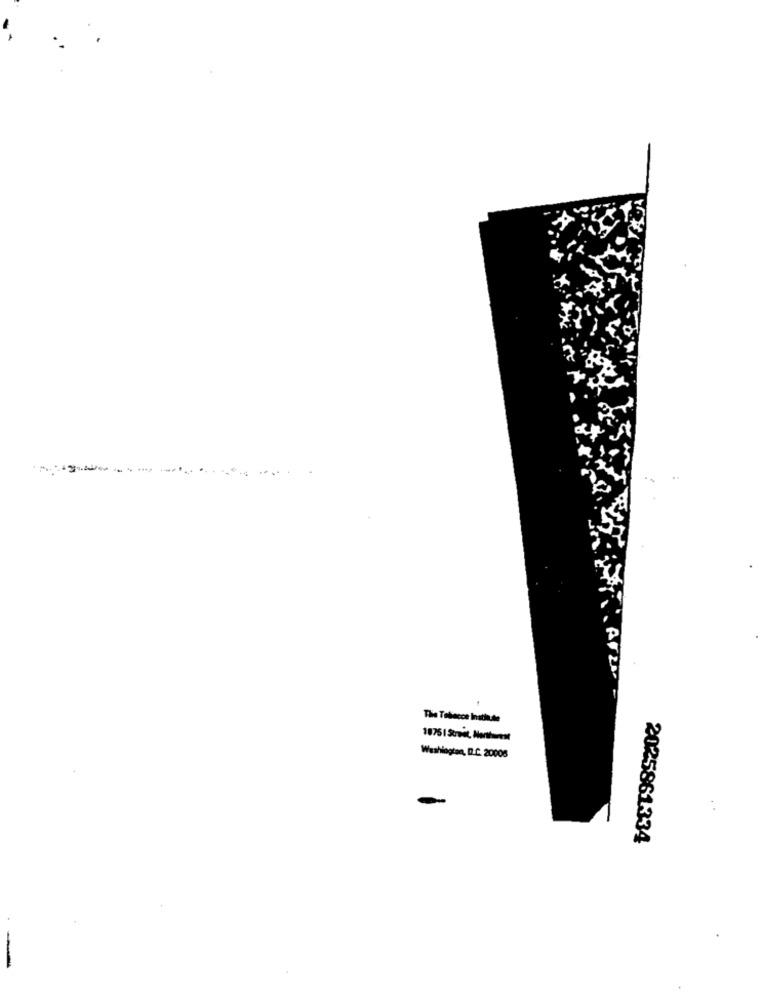
--------
The Tablecce Instin.de
Washington, D.C. 20008
2025861334